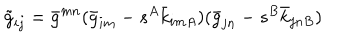
LaTeX: \tilde { g } _ { i j } = \bar { g } ^ { m n } ( \bar { g } _ { i m } - s ^ { A } \bar { k } _ { i m A } ) ( \bar { g } _ { j n } - s ^ { B } \bar { k } _ { j n B } )